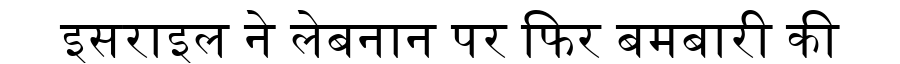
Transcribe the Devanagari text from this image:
इसराइल ने लेबनान पर फिर बमबारी की